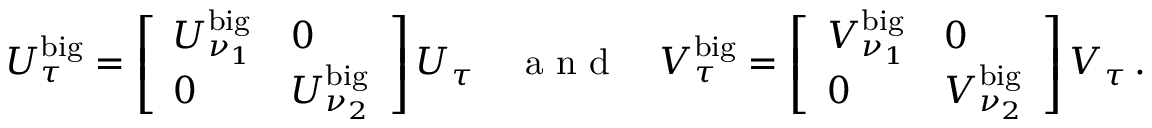
U _ { \tau } ^ { \mathrm { b i g } } = \left[ \begin{array} { l l } { U _ { \nu _ { 1 } } ^ { \mathrm { b i g } } } & { 0 } \\ { 0 } & { U _ { \nu _ { 2 } } ^ { \mathrm { b i g } } } \end{array} \right] U _ { \tau } \quad \textrm { a n d } \quad V _ { \tau } ^ { \mathrm { b i g } } = \left[ \begin{array} { l l } { V _ { \nu _ { 1 } } ^ { \mathrm { b i g } } } & { 0 } \\ { 0 } & { V _ { \nu _ { 2 } } ^ { \mathrm { b i g } } } \end{array} \right] V _ { \tau } \, .